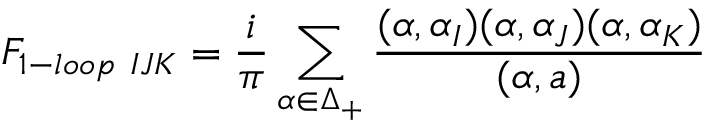
{ \cal F } _ { 1 - l o o p \ I J K } = { \frac { i } { \pi } } \sum _ { \alpha \in \Delta _ { + } } { \frac { ( \alpha , \alpha _ { I } ) ( \alpha , \alpha _ { J } ) ( \alpha , \alpha _ { K } ) } { ( \alpha , a ) } }